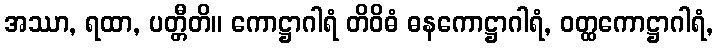
အဿာ, ရထာ, ပတ္တီတိ။ ကောဋ္ဌာဂါရံ တိဝိဓံ ဓနကောဋ္ဌာဂါရံ, ဝတ္ထကောဋ္ဌာဂါရံ,